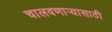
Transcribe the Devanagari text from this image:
चालवणाऱ्यासाठी